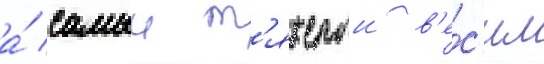
а́ самыи т'яжелыи в'е́с'ил